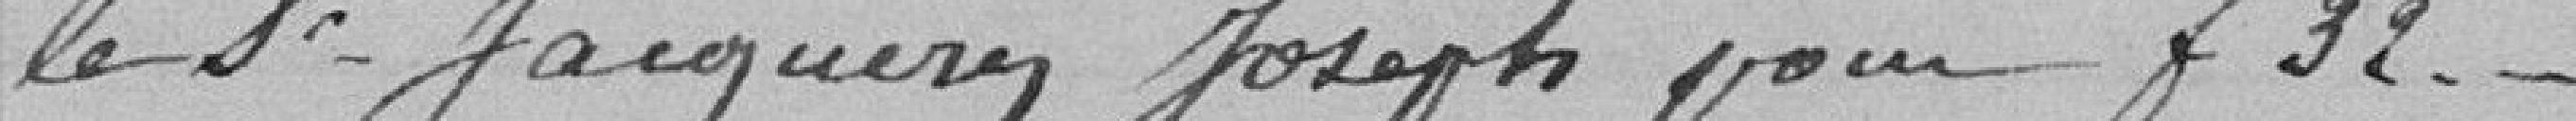
le Sieur JACQUERY Joseph pour 32 francs.